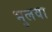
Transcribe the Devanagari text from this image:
भुलवा